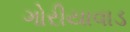
ગોરીયાવાડ